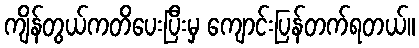
ကျိန်တွယ်ကတိပေးပြီးမှ ကျောင်းပြန်တက်ရတယ်။